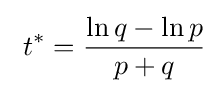
\ t^{*}={\frac {\ln q-\ln p}{p+q}}